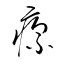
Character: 瘰